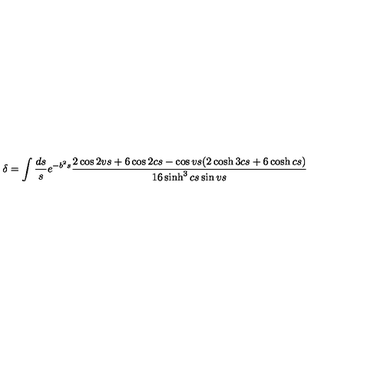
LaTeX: \delta = \int \frac { d s } { s } e ^ { - b ^ { 2 } s } \frac { 2 \cos 2 v s + 6 \cos 2 c s - \cos v s ( 2 \cosh 3 c s + 6 \cosh c s ) } { 1 6 \sinh ^ { 3 } c s \sin v s }